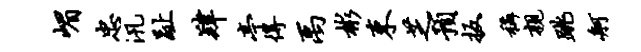
嵋忠汛趾肄亭得禹彬束芝预扳称亲跳舸